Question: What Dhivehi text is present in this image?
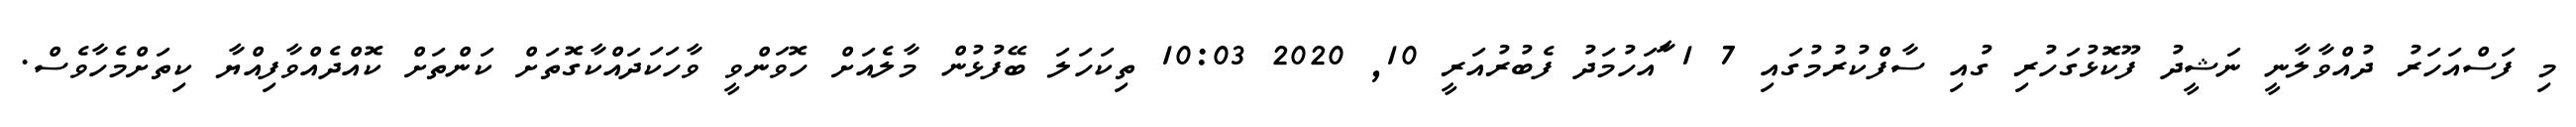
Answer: މި ފަސްއަހަރު ދުއްވާލާނީ ނަޝީދު ފޫކޮޅުގަހުރި ގުއި ސާފްކުރުމުގައި 7 1 ާައަހުމަދު ފެބުރުއަރީ 10, 2020 10:03 ތިކަހަލަ ބޭފުޅުން މާލެއަށް ހޮވަންވީ ވާހަކަދައްކާގޮތަށް ކަންތަށް ކޮއްދެއްވާފިއްޔާ ކިތަށްމެހާވެސް.